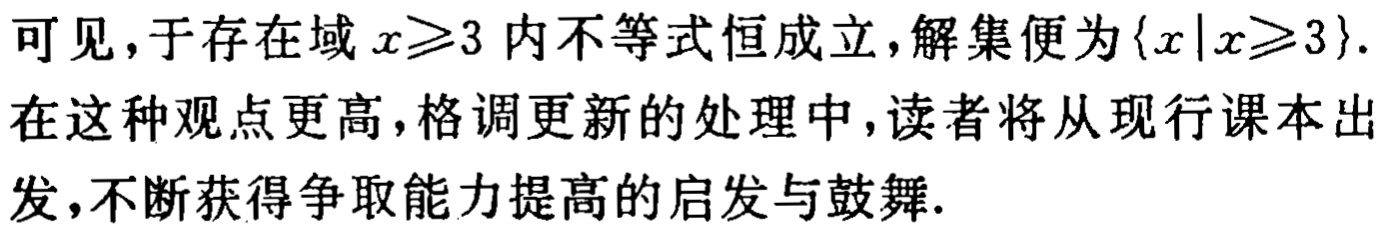
可见，于存在域 \(x\geqslant 3\) 内不等式恒成立，解集便为\(\{x|x\geqslant 3\}\).

在这种观点更高，格调更新的处理中，读者将从现行课本出发，不断获得争取能力提高的启发与鼓舞.